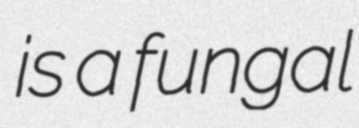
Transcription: is a fungal